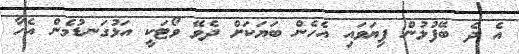
އެ ދެ ބޭފުޅުން ފިޔަވައި އެހެން ބަޔަކަށް ދެވޭ ވޯޓަކީ އަޅުގަނޑުމެން އެހާ